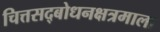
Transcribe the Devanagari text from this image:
चित्तसद्‍बोधनक्षत्रमाला